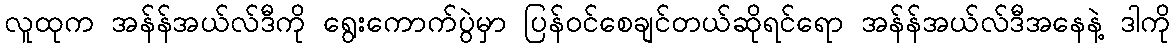
လူထုက အန်န်အယ်လ်ဒီကို ရွေးကောက်ပွဲမှာ ပြန်ဝင်စေချင်တယ်ဆိုရင်ရော အန်န်အယ်လ်ဒီအနေနဲ့ ဒါကို